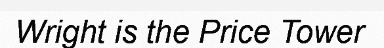
Wright is the Price Tower